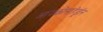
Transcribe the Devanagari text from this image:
आयकोसाहेड्रॉन